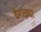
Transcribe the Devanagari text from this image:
वेगळ्य़ा